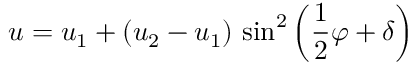
u = u _ { 1 } + \left( u _ { 2 } - u _ { 1 } \right) \, \sin ^ { 2 } \left( { \frac { 1 } { 2 } } \varphi + \delta \right)